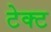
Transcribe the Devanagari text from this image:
टेक्ट